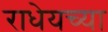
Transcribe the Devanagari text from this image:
राधेयच्या